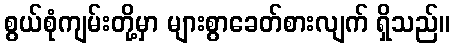
စွယ်စုံကျမ်းတို့မှာ များစွာခေတ်စားလျက် ရှိသည်။